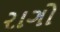
રાગો